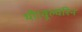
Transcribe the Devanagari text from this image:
थी।वूल्वरिन